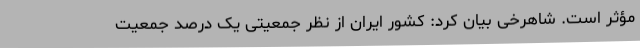
مؤثر است. شاهرخی بیان کرد: کشور ایران از نظر جمعیتی یک درصد جمعیت